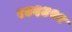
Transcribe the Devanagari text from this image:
२४६४२१